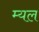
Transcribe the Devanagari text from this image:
म्यल